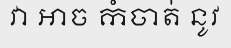
វា ឤច កំចាត់ នូវ